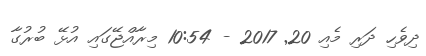
ދިވެހި ދަރި މެއި 20